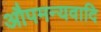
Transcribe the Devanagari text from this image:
औपमन्यवादि